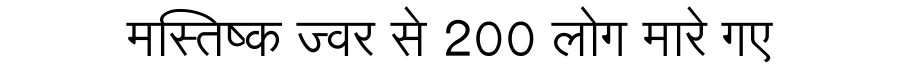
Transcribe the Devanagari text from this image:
मस्तिष्क ज्वर से 200 लोग मारे गए